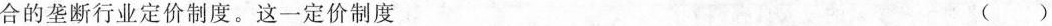
合的垄断行业定价制度。这一定价制度 ()